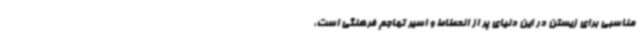
مناسبی برای زیستن در این دنیای پر از انحطاط و اسیر تهاجم فرهنگی است،